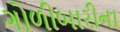
ગોળીબારીના